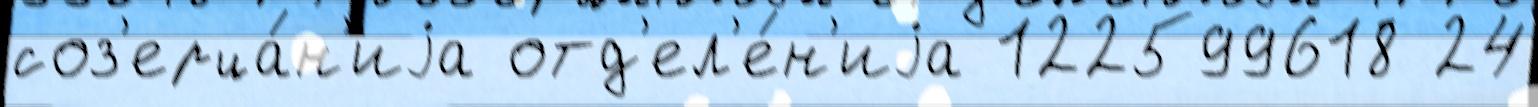
соз'ерца́н'иjа отд'ел'е́н'иjа 122599618 24